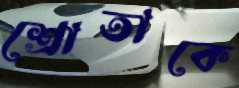
শ্রোতাকে